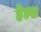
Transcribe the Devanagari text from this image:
हेल्श